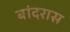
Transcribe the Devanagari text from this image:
बांदरास